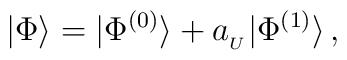
|\Phi\rangle=|\Phi^{(0)}\rangle+a_{_U}|\Phi^{(1)}\rangle\,,